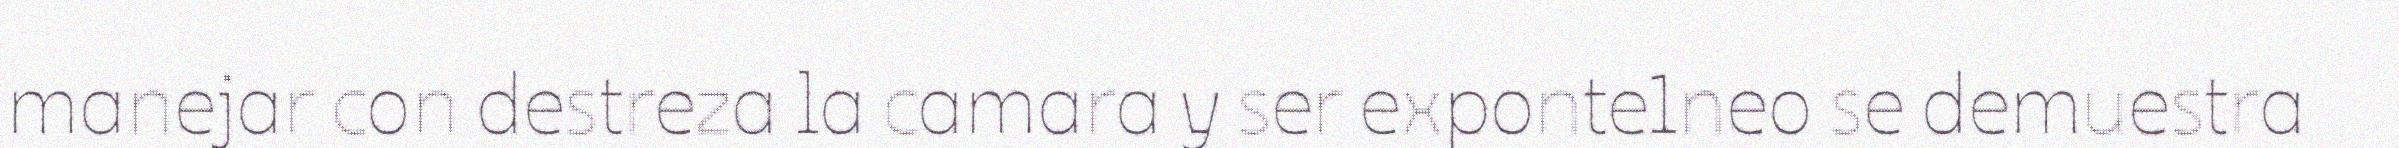
manejar con destreza la camara y ser exponte1neo se demuestra